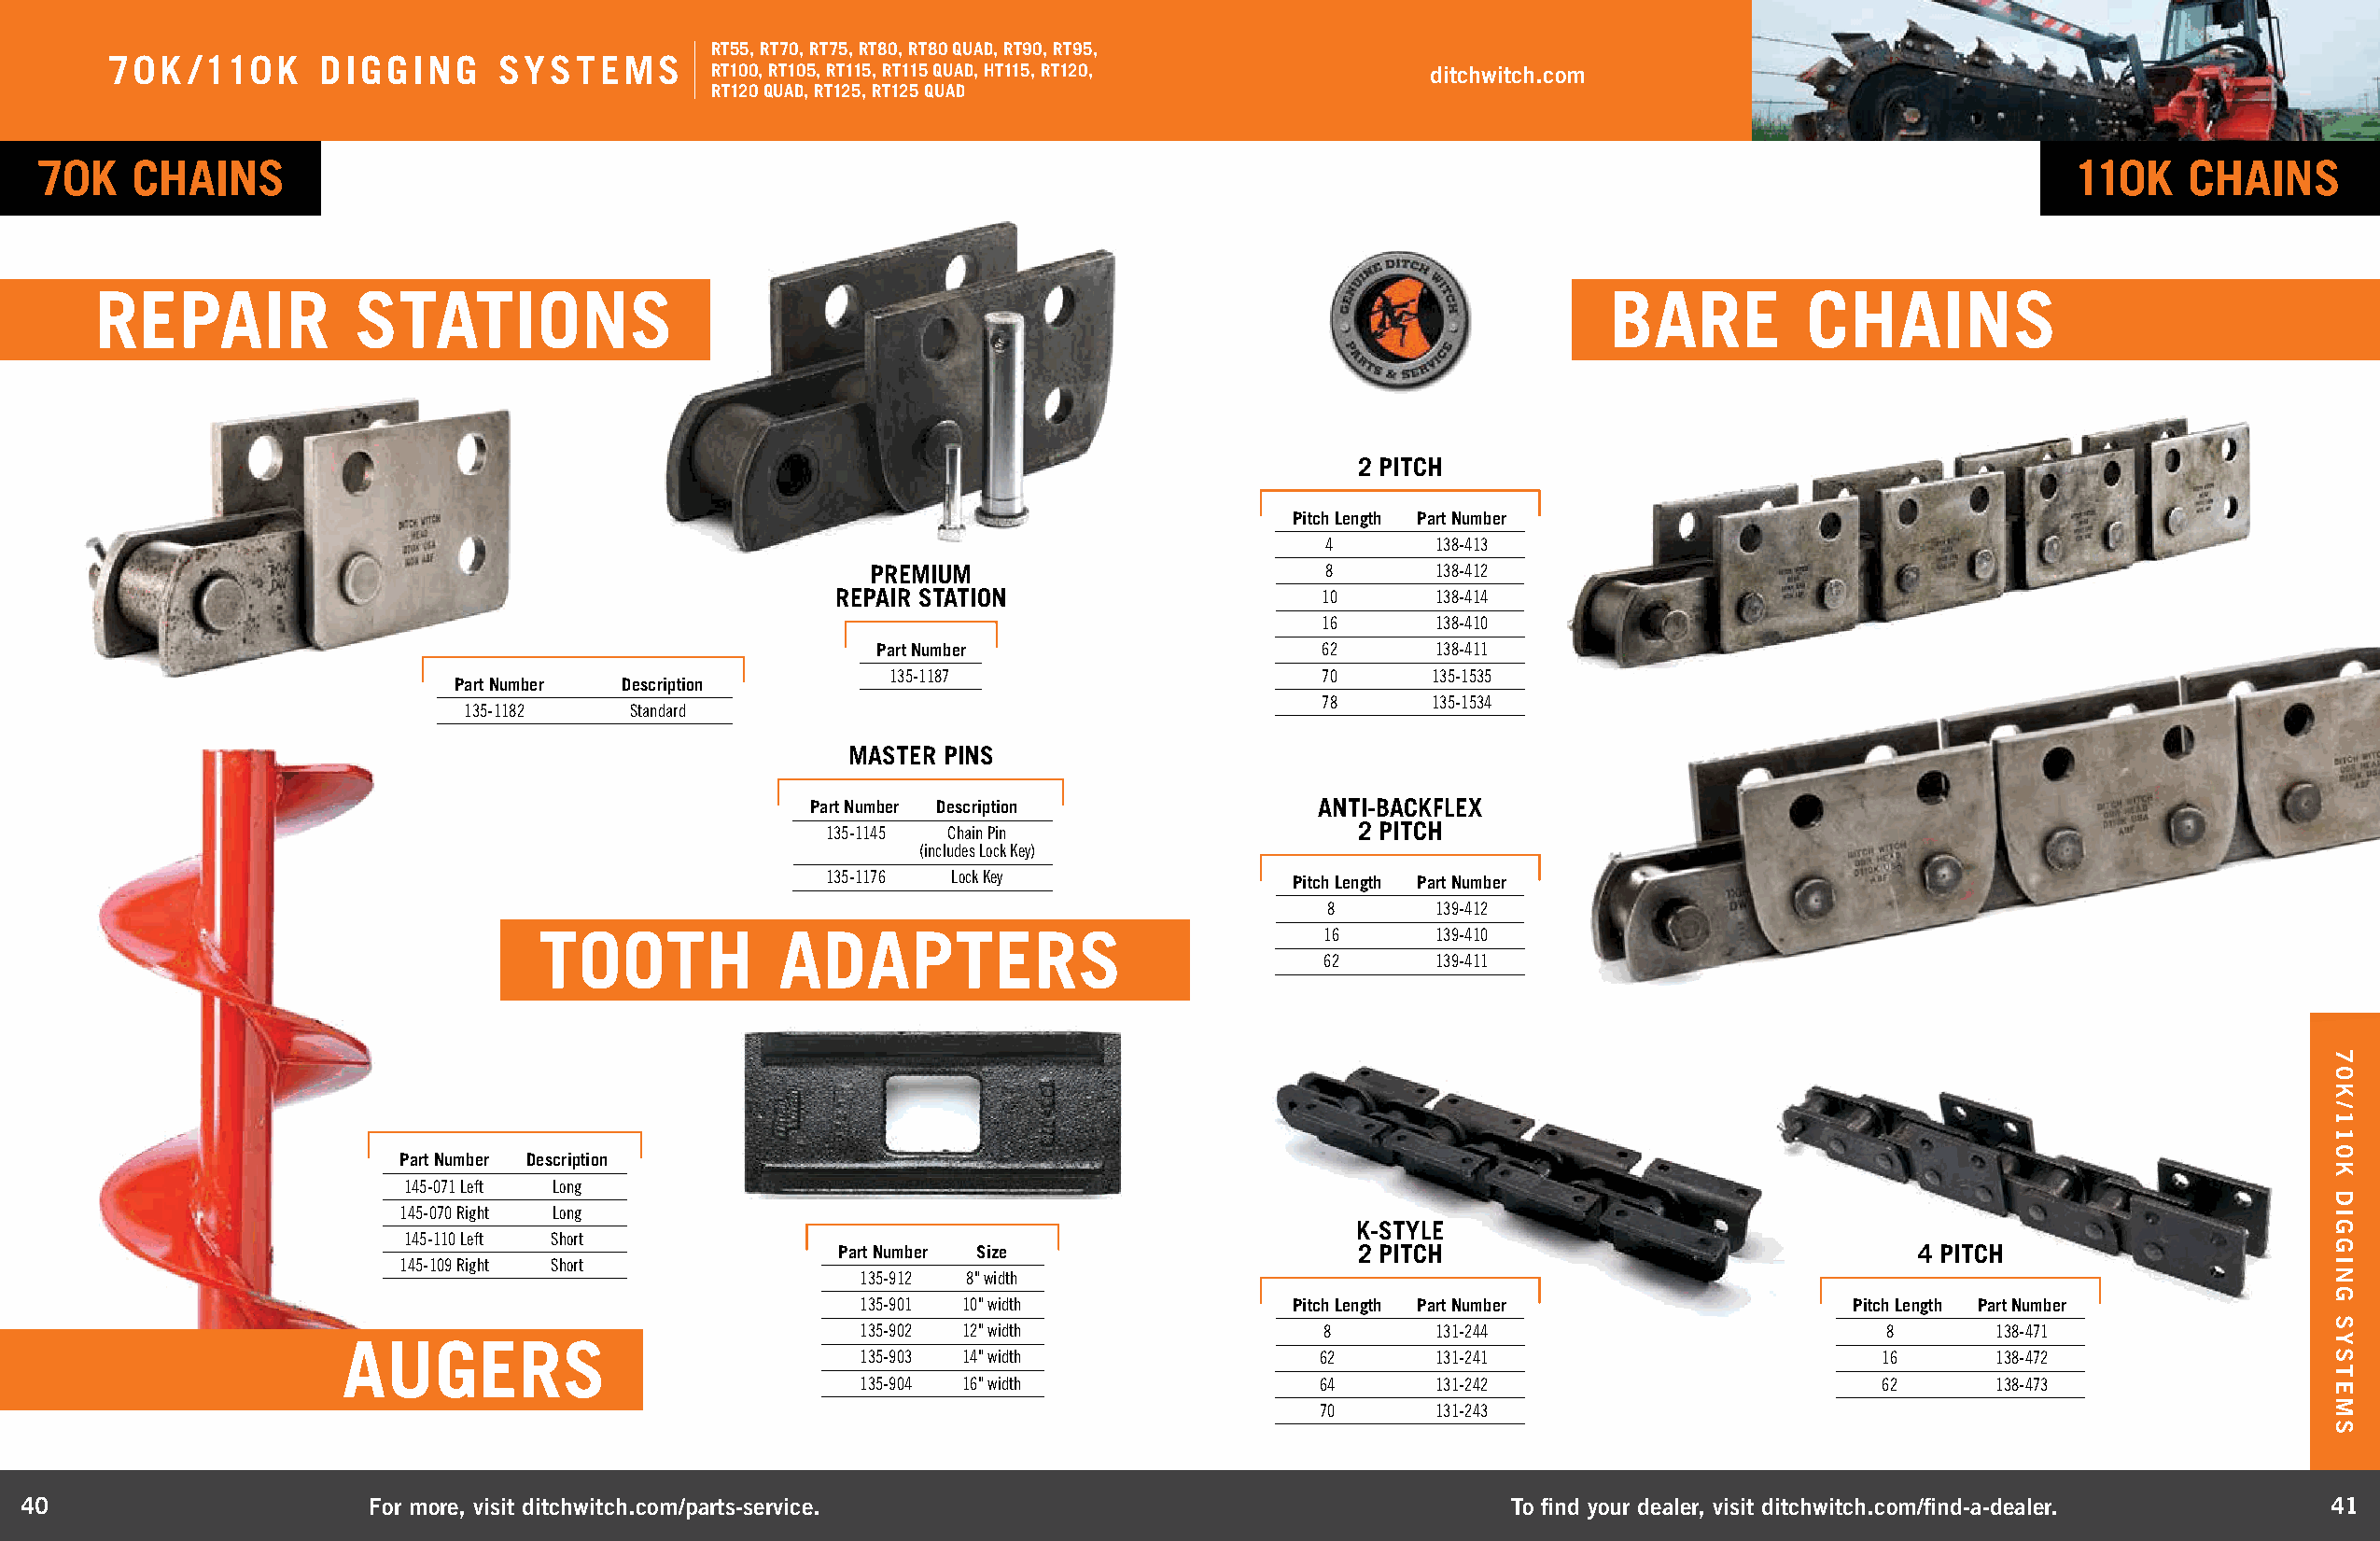
RT55, RT70, RT75, RT80, RT80 QUAD, RT90, RT95,
 70K  /110K     DIGGING     SYSTEMS
 RT100, RT105, RT115, RT115 QUAD, HT115, RT120,     ditchwitch.com
 RT120 QUAD, RT125, RT125 QUAD
 70K   CHAINS                                                                                                                                    110K    CHAINS
 REPAIR            STATIONS                                                                                 BARE          CHAINS
 2 PITCH
 Pitch Length Part Number
 4       138-413
 PREMIUM                         8       138-412
 REPAIR STATION                     10      138-414
 16      138-410
 Part Number                     62      138-411
 135-1187                       70      135-1535
 Part Number Description
 78      135-1534
 135-1182    Standard
 MASTER PINS
 Part Number Description             ANTI-BACKFLEX
 135-1145 Chain Pin                   2 PITCH
 (includes Lock Key)
 135-1176 Lock Key                Pitch Length Part Number
 8       139-412
 TOOTH            ADAPTERS                               16      139-410
 62      139-411
 Part Number Description
 145-071 Left Long
 145-070 Right Long
 K-STYLE
 145-110 Left Short
 Part Number Size                     2 PITCH                                 4 PITCH
 145-109 Right Short
 135-912 8" width
 135-901 10" width              Pitch Length Part Number               Pitch Length Part Number
 135-902 12" width                8       131-244                         8       138-471
 AUGERS
 135-903 14" width                62      131-241                         16      138-472
 135-904 16" width                64      131-242                         62      138-473
 70      131-243
 40                       For more, visit ditchwitch.com/parts-service.                                    To find your dealer, visit ditchwitch.com/find-a-dealer.  41
 70K/110K
 DIGGING
 SYSTEMS